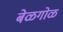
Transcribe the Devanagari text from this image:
बेळगोळ